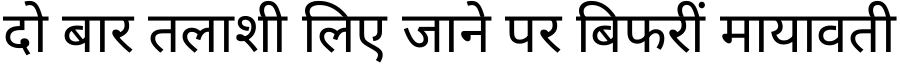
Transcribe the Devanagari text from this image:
दो बार तलाशी लिए जाने पर बिफरीं मायावती